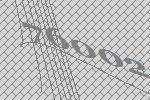
76002